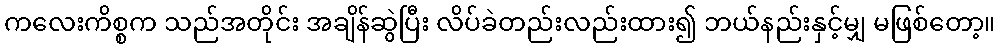
ကလေးကိစ္စက သည်အတိုင်း အချိန်ဆွဲပြီး လိပ်ခဲတည်းလည်းထား၍ ဘယ်နည်းနှင့်မျှ မဖြစ်တော့။